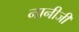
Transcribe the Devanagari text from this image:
नानीजी